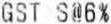
GST S@6%